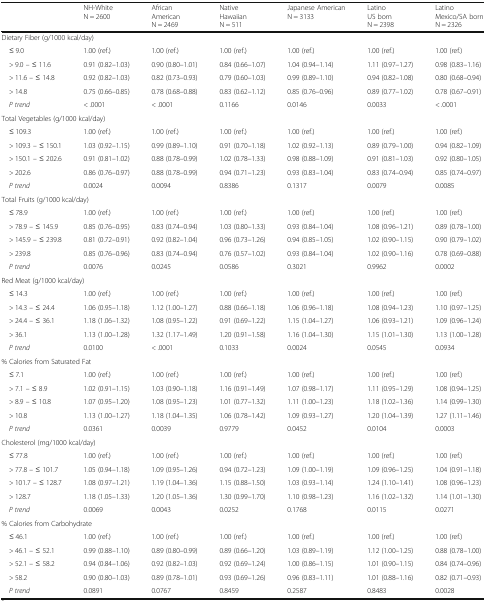
<table><thead><tr><td></td><td><b>NH-WhiteN = 2600</b></td><td><b>AfricanAmericanN = 2469</b></td><td><b>NativeHawaiianN = 511</b></td><td><b>Japanese AmericanN = 3133</b></td><td><b>LatinoUS bornN = 2398</b></td><td><b>LatinoMexico/SA bornN = 2326</b></td></tr></thead><tbody><tr><td colspan="7">Dietary Fiber (g/1000 kcal/day)</td></tr><tr><td> ≤ 9.0</td><td>1.00 (ref.)</td><td>1.00 (ref.)</td><td>1.00 (ref.)</td><td>1.00 (ref.)</td><td>1.00 (ref.)</td><td>1.00 (ref.)</td></tr><tr><td> &gt; 9.0 – ≤ 11.6</td><td>0.91 (0.82–1.03)</td><td>0.90 (0.80–1.01)</td><td>0.84 (0.66–1.07)</td><td>1.04 (0.94–1.14)</td><td>1.11 (0.97–1.27)</td><td>0.98 (0.83–1.16)</td></tr><tr><td> &gt; 11.6 – ≤ 14.8</td><td>0.92 (0.82–1.03)</td><td>0.82 (0.73–0.93)</td><td>0.79 (0.60–1.03)</td><td>0.99 (0.89–1.10)</td><td>0.94 (0.82–1.08)</td><td>0.80 (0.68–0.94)</td></tr><tr><td> &gt; 14.8</td><td>0.75 (0.66–0.85)</td><td>0.78 (0.68–0.88)</td><td>0.83 (0.62–1.12)</td><td>0.85 (0.76–0.96)</td><td>0.89 (0.77–1.02)</td><td>0.78 (0.67–0.91)</td></tr><tr><td> <i>P trend</i></td><td>&lt; .0001</td><td>&lt; .0001</td><td>0.1166</td><td>0.0146</td><td>0.0033</td><td>&lt; .0001</td></tr><tr><td colspan="7">Total Vegetables (g/1000 kcal/day)</td></tr><tr><td> ≤ 109.3</td><td>1.00 (ref.)</td><td>1.00 (ref.)</td><td>1.00 (ref.)</td><td>1.00 (ref.)</td><td>1.00 (ref.)</td><td>1.00 (ref.)</td></tr><tr><td> &gt; 109.3 – ≤ 150.1</td><td>1.03 (0.92–1.15)</td><td>0.99 (0.89–1.10)</td><td>0.91 (0.70–1.18)</td><td>1.02 (0.92–1.13)</td><td>0.89 (0.79–1.00)</td><td>0.94 (0.82–1.09)</td></tr><tr><td> &gt; 150.1 – ≤ 202.6</td><td>0.91 (0.81–1.02)</td><td>0.88 (0.78–0.99)</td><td>1.02 (0.78–1.33)</td><td>0.98 (0.88–1.09)</td><td>0.91 (0.81–1.03)</td><td>0.92 (0.80–1.05)</td></tr><tr><td> &gt; 202.6</td><td>0.86 (0.76–0.97)</td><td>0.88 (0.78–0.99)</td><td>0.94 (0.71–1.23)</td><td>0.93 (0.83–1.04)</td><td>0.83 (0.74–0.94)</td><td>0.85 (0.74–0.97)</td></tr><tr><td> <i>P trend</i></td><td>0.0024</td><td>0.0094</td><td>0.8386</td><td>0.1317</td><td>0.0079</td><td>0.0085</td></tr><tr><td colspan="7">Total Fruits (g/1000 kcal/day)</td></tr><tr><td> ≤ 78.9</td><td>1.00 (ref.)</td><td>1.00 (ref.)</td><td>1.00 (ref.)</td><td>1.00 (ref.)</td><td>1.00 (ref.)</td><td>1.00 (ref.)</td></tr><tr><td> &gt; 78.9 – ≤ 145.9</td><td>0.85 (0.76–0.95)</td><td>0.83 (0.74–0.94)</td><td>1.03 (0.80–1.33)</td><td>0.93 (0.84–1.04)</td><td>1.08 (0.96–1.21)</td><td>0.89 (0.78–1.00)</td></tr><tr><td> &gt; 145.9 – ≤ 239.8</td><td>0.81 (0.72–0.91)</td><td>0.92 (0.82–1.04)</td><td>0.96 (0.73–1.26)</td><td>0.94 (0.85–1.05)</td><td>1.02 (0.90–1.15)</td><td>0.90 (0.79–1.02)</td></tr><tr><td> &gt; 239.8</td><td>0.85 (0.76–0.96)</td><td>0.83 (0.74–0.94)</td><td>0.76 (0.57–1.02)</td><td>0.93 (0.84–1.04)</td><td>1.02 (0.90–1.16)</td><td>0.78 (0.69–0.88)</td></tr><tr><td> <i>P trend</i></td><td>0.0076</td><td>0.0245</td><td>0.0586</td><td>0.3021</td><td>0.9962</td><td>0.0002</td></tr><tr><td colspan="7">Red Meat (g/1000 kcal/day)</td></tr><tr><td> ≤ 14.3</td><td>1.00 (ref.)</td><td>1.00 (ref.)</td><td>1.00 (ref.)</td><td>1.00 (ref.)</td><td>1.00 (ref.)</td><td>1.00 (ref.)</td></tr><tr><td> &gt; 14.3 – ≤ 24.4</td><td>1.06 (0.95–1.18)</td><td>1.12 (1.00–1.27)</td><td>0.88 (0.66–1.18)</td><td>1.06 (0.96–1.18)</td><td>1.08 (0.94–1.23)</td><td>1.10 (0.97–1.25)</td></tr><tr><td> &gt; 24.4 – ≤ 36.1</td><td>1.18 (1.06–1.32)</td><td>1.08 (0.95–1.22)</td><td>0.91 (0.69–1.22)</td><td>1.15 (1.04–1.27)</td><td>1.06 (0.93–1.21)</td><td>1.09 (0.96–1.24)</td></tr><tr><td> &gt; 36.1</td><td>1.13 (1.00–1.28)</td><td>1.32 (1.17–1.49)</td><td>1.20 (0.91–1.58)</td><td>1.16 (1.04–1.30)</td><td>1.15 (1.01–1.30)</td><td>1.13 (1.00–1.28)</td></tr><tr><td> <i>P trend</i></td><td>0.0100</td><td>&lt; .0001</td><td>0.1033</td><td>0.0024</td><td>0.0545</td><td>0.0934</td></tr><tr><td colspan="7">% Calories from Saturated Fat</td></tr><tr><td> ≤ 7.1</td><td>1.00 (ref.)</td><td>1.00 (ref.)</td><td>1.00 (ref.)</td><td>1.00 (ref.)</td><td>1.00 (ref.)</td><td>1.00 (ref.)</td></tr><tr><td> &gt; 7.1 – ≤ 8.9</td><td>1.02 (0.91–1.15)</td><td>1.03 (0.90–1.18)</td><td>1.16 (0.91–1.49)</td><td>1.07 (0.98–1.17)</td><td>1.11 (0.95–1.29)</td><td>1.08 (0.94–1.25)</td></tr><tr><td> &gt; 8.9 – ≤ 10.8</td><td>1.07 (0.95–1.20)</td><td>1.08 (0.95–1.23)</td><td>1.01 (0.77–1.32)</td><td>1.11 (1.00–1.23)</td><td>1.18 (1.02–1.36)</td><td>1.14 (0.99–1.30)</td></tr><tr><td> &gt; 10.8</td><td>1.13 (1.00–1.27)</td><td>1.18 (1.04–1.35)</td><td>1.06 (0.78–1.42)</td><td>1.09 (0.93–1.27)</td><td>1.20 (1.04–1.39)</td><td>1.27 (1.11–1.46)</td></tr><tr><td> <i>P trend</i></td><td>0.0361</td><td>0.0039</td><td>0.9779</td><td>0.0452</td><td>0.0104</td><td>0.0003</td></tr><tr><td colspan="7">Cholesterol (mg/1000 kcal/day)</td></tr><tr><td> ≤ 77.8</td><td>1.00 (ref.)</td><td>1.00 (ref.)</td><td>1.00 (ref.)</td><td>1.00 (ref.)</td><td>1.00 (ref.)</td><td>1.00 (ref.)</td></tr><tr><td> &gt; 77.8 – ≤ 101.7</td><td>1.05 (0.94–1.18)</td><td>1.09 (0.95–1.26)</td><td>0.94 (0.72–1.23)</td><td>1.09 (1.00–1.19)</td><td>1.09 (0.96–1.25)</td><td>1.04 (0.91–1.18)</td></tr><tr><td> &gt; 101.7 – ≤ 128.7</td><td>1.08 (0.97–1.21)</td><td>1.19 (1.04–1.36)</td><td>1.15 (0.88–1.50)</td><td>1.03 (0.93–1.14)</td><td>1.24 (1.10–1.41)</td><td>1.08 (0.96–1.23)</td></tr><tr><td> &gt; 128.7</td><td>1.18 (1.05–1.33)</td><td>1.20 (1.05–1.36)</td><td>1.30 (0.99–1.70)</td><td>1.10 (0.98–1.23)</td><td>1.16 (1.02–1.32)</td><td>1.14 (1.01–1.30)</td></tr><tr><td> <i>P trend</i></td><td>0.0069</td><td>0.0043</td><td>0.0252</td><td>0.1768</td><td>0.0115</td><td>0.0271</td></tr><tr><td colspan="7">% Calories from Carbohydrate</td></tr><tr><td> ≤ 46.1</td><td>1.00 (ref.)</td><td>1.00 (ref.)</td><td>1.00 (ref.)</td><td>1.00 (ref.)</td><td>1.00 (ref.)</td><td>1.00 (ref.)</td></tr><tr><td> &gt; 46.1 – ≤ 52.1</td><td>0.99 (0.88–1.10)</td><td>0.89 (0.80–0.99)</td><td>0.89 (0.66–1.20)</td><td>1.03 (0.89–1.19)</td><td>1.12 (1.00–1.25)</td><td>0.88 (0.78–1.00)</td></tr><tr><td> &gt; 52.1 – ≤ 58.2</td><td>0.94 (0.84–1.06)</td><td>0.92 (0.82–1.03)</td><td>0.92 (0.69–1.24)</td><td>1.00 (0.86–1.15)</td><td>1.01 (0.90–1.15)</td><td>0.84 (0.74–0.96)</td></tr><tr><td> &gt; 58.2</td><td>0.90 (0.80–1.03)</td><td>0.89 (0.78–1.01)</td><td>0.93 (0.69–1.26)</td><td>0.96 (0.83–1.11)</td><td>1.01 (0.88–1.16)</td><td>0.82 (0.71–0.93)</td></tr><tr><td> <i>P trend</i></td><td>0.0891</td><td>0.0767</td><td>0.8459</td><td>0.2587</td><td>0.8483</td><td>0.0028</td></tr></tbody></table>